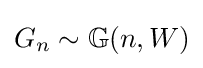
G_{n}\sim \mathbb {G} (n,W)